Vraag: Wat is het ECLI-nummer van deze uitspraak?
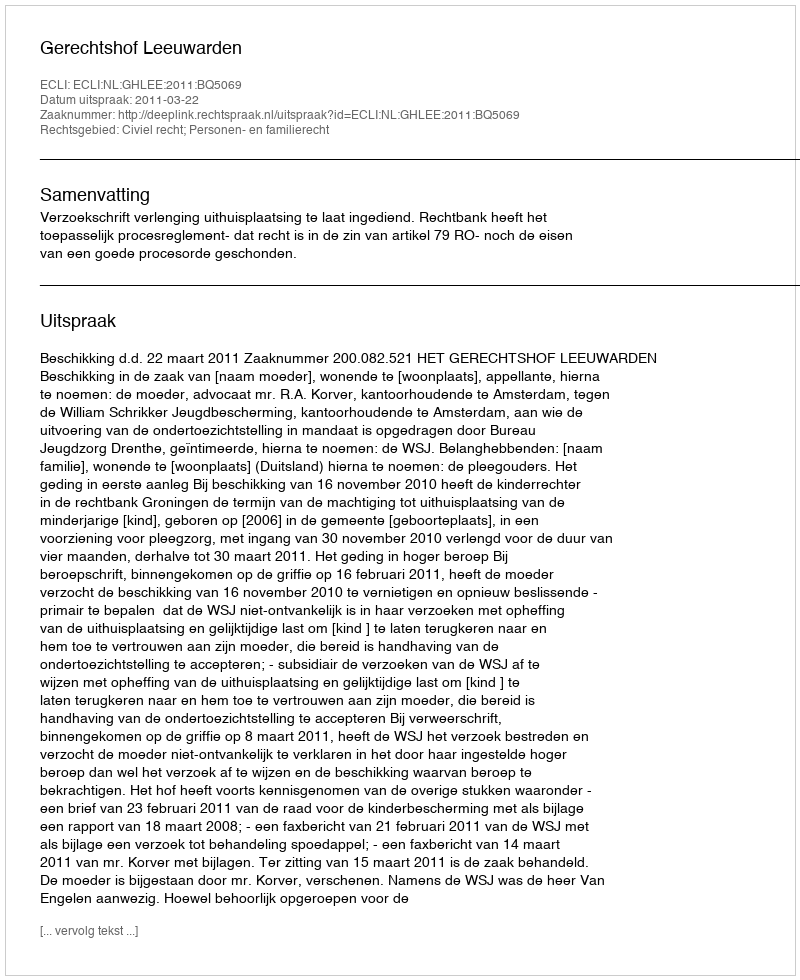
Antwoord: ECLI:NL:GHLEE:2011:BQ5069